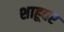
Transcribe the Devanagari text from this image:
शाहूवर